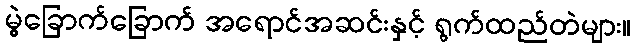
မွဲခြောက်ခြောက် အရောင်အဆင်းနှင့် ရွက်ထည်တဲများ။